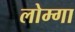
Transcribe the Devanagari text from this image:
लोम्गा